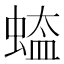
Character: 𮔡